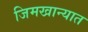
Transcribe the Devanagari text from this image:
जिमखान्यात